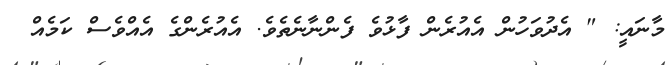
މާނައީ: " އެދުވަހުން އެއުރެން ފާޅުވެ ފެންނާނެތެވެ. އެއުރެންގެ އެއްވެސް ކަމެއް